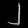
Digit: ၂